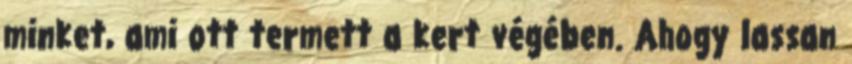
minket, ami ott termett a kert végében. Ahogy lassan